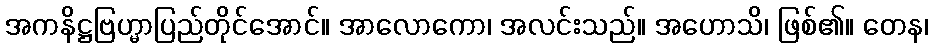
အကနိဋ္ဌဗြဟ္မာပြည်တိုင်အောင်။ အာလောကော၊ အလင်းသည်။ အဟောသိ၊ ဖြစ်၏။ တေန၊